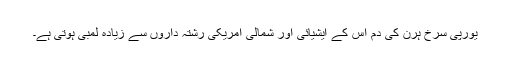
یورپی سرخ ہرن کی دم اس کے ایشیائی اور شمالی امریکی رشتہ داروں سے زیادہ لمبی ہوتی ہے۔